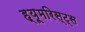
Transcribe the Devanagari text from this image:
ह्यूमरिस्ट्स